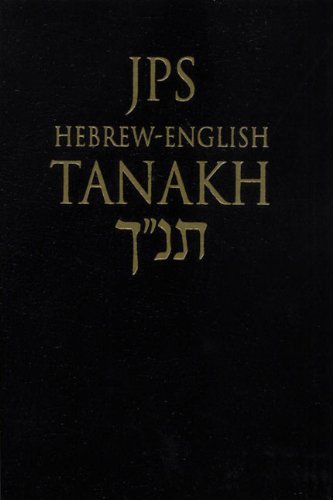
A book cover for JPS Hebrew-English Tanakh: Pocket Edition; Christian Books & Bibles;